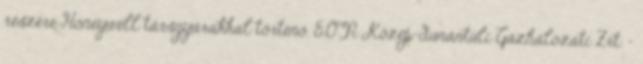
részére Honeywell társgyárakkal történő. E.ON Közép-dunántúli Gázhálózati Zrt. -